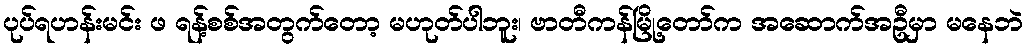
ပုပ်ရဟန်းမင်း ဖ ရန့်စစ်အတွက်တော့ မဟုတ်ပါဘူး၊ ဗာတီကန်မြို့တော်က အဆောက်အဦမှာ မနေဘဲ